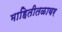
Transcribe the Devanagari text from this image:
माहितीतळावर